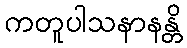
ကတူပါသနာနန္တိ